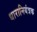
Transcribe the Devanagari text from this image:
धारानियंत्रक